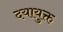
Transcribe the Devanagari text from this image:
दयायुक्त